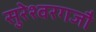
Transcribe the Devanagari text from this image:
सुरेश्वरगजौ